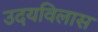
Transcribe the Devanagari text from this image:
उदयविलास